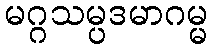
မဂ္ဂသမ္ပဒမာဂမ္မ